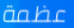
عظمة